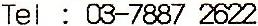
TEL : 03-7887 2622